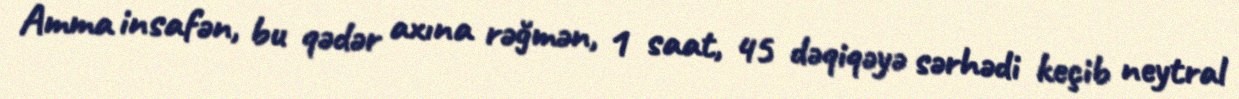
Amma insafən, bu qədər axına rəğmən, 1 saat, 45 dəqiqəyə sərhədi keçib neytral